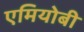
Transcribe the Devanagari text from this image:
एमियोबी